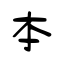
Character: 本